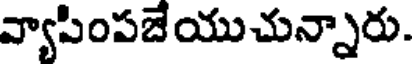
వ్యాపింపజేయుచున్నారు.